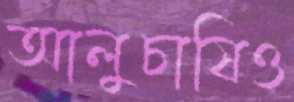
আলুচাষিও